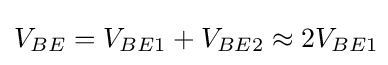
V_{BE}=V_{BE1}+V_{BE2}\approx 2V_{BE1}\!